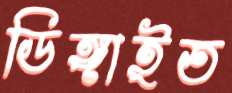
ডিঙ্গাইত